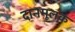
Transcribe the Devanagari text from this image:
दानमूलक